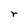
Character: r